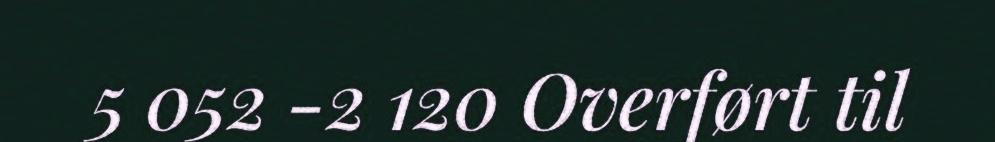
5 052 -2 120 Overført til